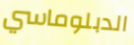
الدبلوماسي